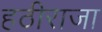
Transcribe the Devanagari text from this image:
हठीराजा